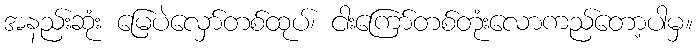
အနည်းဆုံး မြေပဲလှော်တစ်ထုပ်၊ ငါးကြော်တစ်တုံးလောကည်တော့ပါမှ။